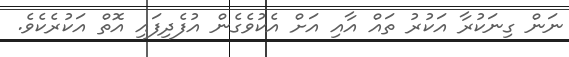
ނަން ގިނަކުރާ އަކުރު ތައް އާއި އަށް އެކުވެގެން އުފެދިފައި އޮތް އަކުރެކެވެ.